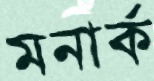
মনার্ক